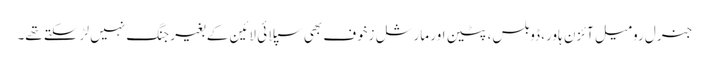
جنرل رومیل آئزن ہاور، ڈوبلس، پٹین اور مارشل زخوف بھی سپلائی لائین کے بغیر جنگ نہیں لڑ سکتے تھے۔